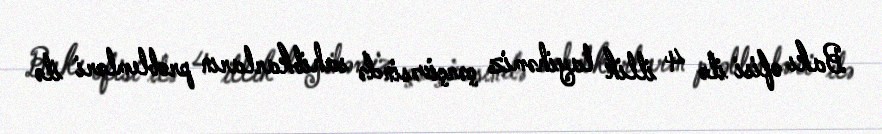
Bakı ofisi ilə 4 illik layihəmiz çərçivəsində sahibkarların problemləri ilə